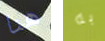
هنا به